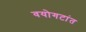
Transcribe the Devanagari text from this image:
वयोगटांत